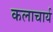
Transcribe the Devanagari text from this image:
कलाचार्य